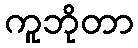
ကူဘိုတာ